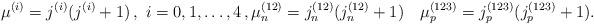
LaTeX: \begin{align*}\mu^{(i)} = j^{(i)}(j^{(i)}+1)\,,\ i=0,1,\dots,4\,,\mu_n^{(12)} = j_n^{(12)}(j_n^{(12)}+1)\quad\mu_p^{(123)} = j_p^{(123)}(j_p^{(123)}+1).\end{align*}